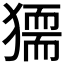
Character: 𤡤